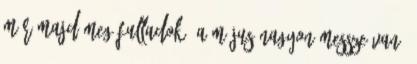
már majd meg fulladok, a május nagyon messze van,